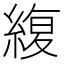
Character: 緮